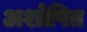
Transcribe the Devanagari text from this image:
अशोषित